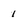
Character: 1